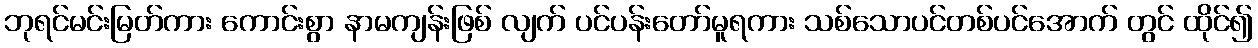
ဘုရင်မင်းမြတ်ကား ကောင်းစွာ နာမကျန်းဖြစ် လျက် ပင်ပန်းတော်မူရကား သစ်သောပင်တစ်ပင်အောက် တွင် ထိုင်၍